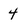
Character: 4